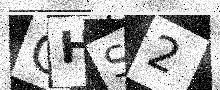
Text: OHS2